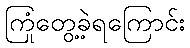
ကြုံတွေ့ခဲ့ရကြောင်း